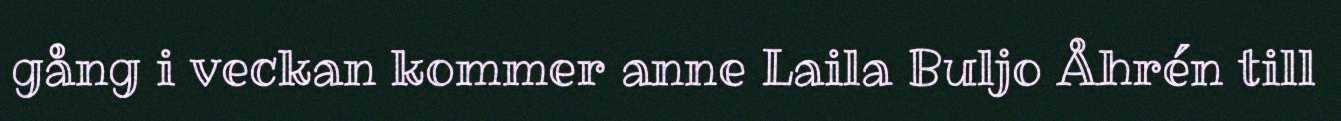
gång i veckan kommer anne Laila Buljo Åhrén till